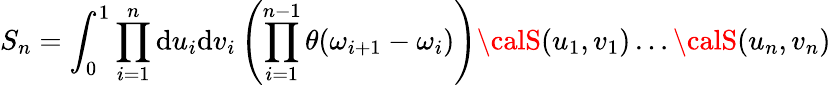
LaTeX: S_{n}=\int_{0}^{1}\prod_{i=1}^{n}\mathrm{d}u_{i}\mathrm{d}v_{i}\left(\prod_{i=1}^{n-1}\theta(\omega_{i+1}-\omega_{i})\right){\calS}(u_{1},v_{1})\dots{\calS}(u_{n},v_{n})